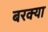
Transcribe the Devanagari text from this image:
बरक्या